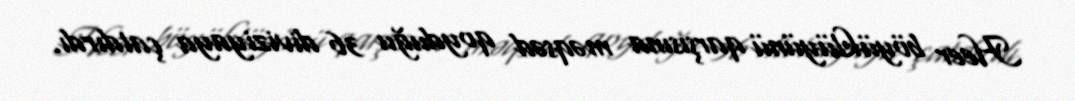
Heer böyüklüyünü qarşısına məqsəd qoyduğu 36 diviziyaya çatdırdı.